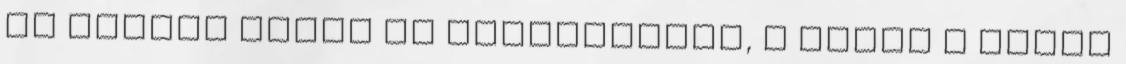
az ellent onnan is leszorítják, s mikor a túlsó